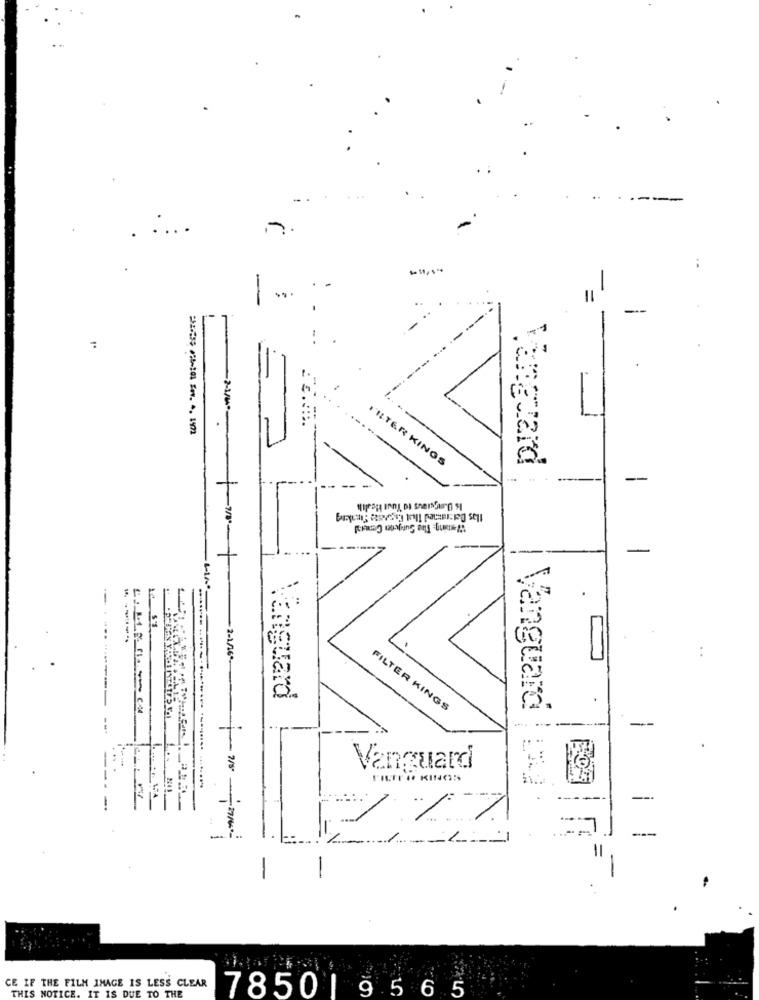
-.
..
. .
..
-
:
INTER KINOS
Vanguard
.. .
--
-
-
--
-----
Vanguard
FILTER KINGS
Vanguard
...
-
Vanguard
FILTER KINGS
=
1
1
CE IF THE FILM IMAGE IS LESS CLEAR
THIS NOTICE. IT IS DUE TO THE
7850 | 9565